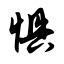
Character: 惧